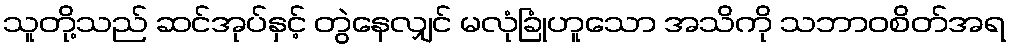
သူတို့သည် ဆင်အုပ်နှင့် တွဲနေလျှင် မလုံခြုံဟူသော အသိကို သဘာဝစိတ်အရ